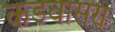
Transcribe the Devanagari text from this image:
कडवासरा